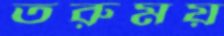
তরুময়